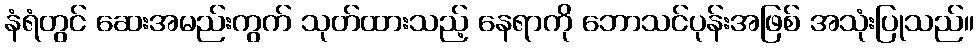
နံရံတွင် ဆေးအမည်းကွက် သုတ်ထားသည့် နေရာကို ဘောသင်ပုန်းအဖြစ် အသုံးပြုသည်။